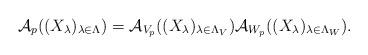
LaTeX: \begin{align*} {\mathcal A}_p( (X_\lambda)_{\lambda \in \Lambda} ) = {\mathcal A}_{V_p} ((X_\lambda)_{\lambda \in \Lambda_V}) {\mathcal A}_{W_p} ((X_\lambda)_{\lambda \in \Lambda_W}). \end{align*}